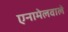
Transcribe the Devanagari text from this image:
एनामेलवाले